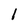
Character: 1